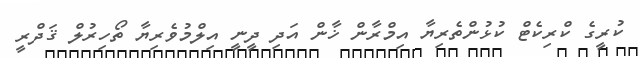
ކުރީގެ ކްރިކެޓް ކުޅުންތެރިޔާ އިމްރާން ޚާން އަދި ދީނީ އިލްމުވެރިޔާ ތޯހިރުލް ޤަދްރީ